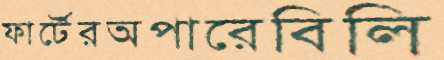
ফার্টেরঅপারেবিলি